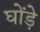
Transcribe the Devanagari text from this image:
घोंड़े